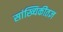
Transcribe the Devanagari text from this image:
सांख्यिकीतज्ञ